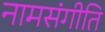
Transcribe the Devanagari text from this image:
नामसंगीति